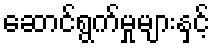
ဆောင်ရွက်မှုများနှင့်